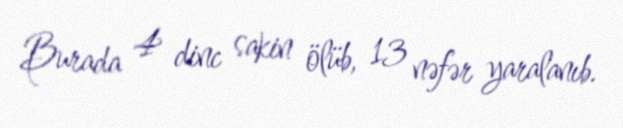
Burada 4 dinc sakin ölüb, 13 nəfər yaralanıb.